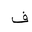
Letter: _fa